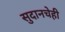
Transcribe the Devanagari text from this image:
सुदानचेही